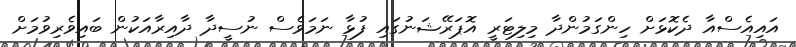
އައިއެސްއާ ދެކޮޅަށް ހިންގަމުންދާ މިލިޓަރީ އޮޕަރޭޝަނުގައި ފުޅާ ނަމަވެސް ނުސީދާ ދާއިރާއަކުން ބައިވެރިވުމަށް